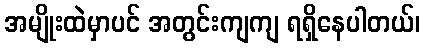
အမျိုးထဲမှာပင် အတွင်းကျကျ ရရှိနေပါတယ်၊